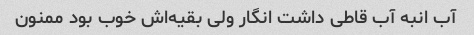
آب انبه آب قاطی داشت انگار ولی بقیه‌اش خوب بود ممنون